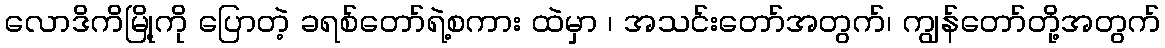
လောဒိကိမြို့ကို ပြောတဲ့ ခရစ်တော်ရဲ့စကား ထဲမှာ ၊ အသင်းတော်အတွက်၊ ကျွန်တော်တို့အတွက်